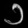
Digit: ၁